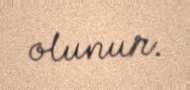
olunur.